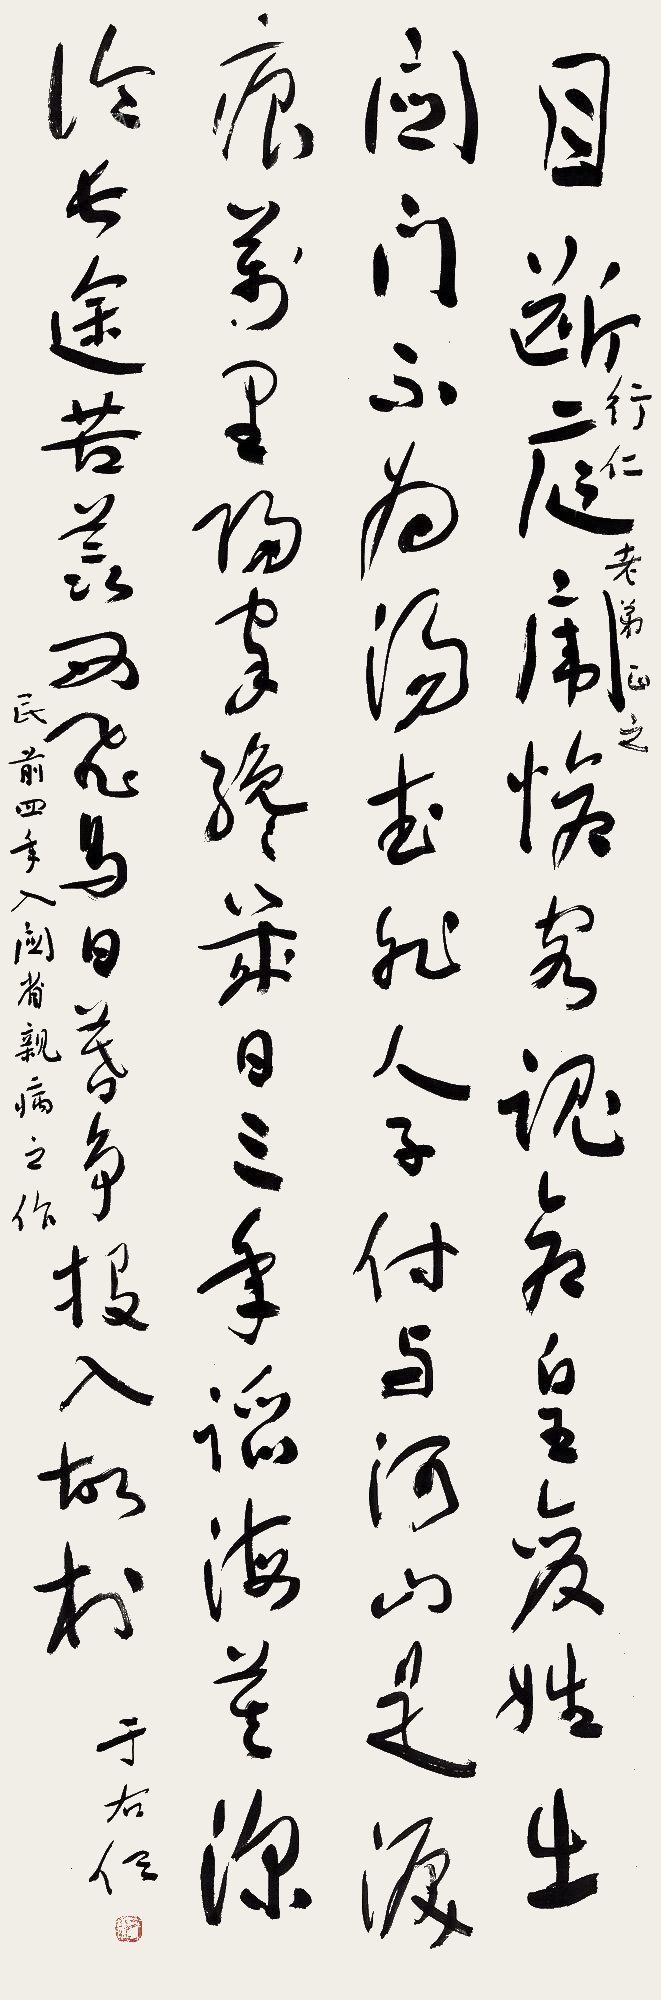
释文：目断庭闱怆客魂，仓皇变姓出关门。不为汤武非人子，付与河山是泪痕。万里归家谗几日，三年蹈海莫深论。长途苦羡西飞鸟，日暮争投入故村。行仁老弟正之。民前四年入关省亲病之作。于右任。